Indian Civil Veterinary Department memoirs
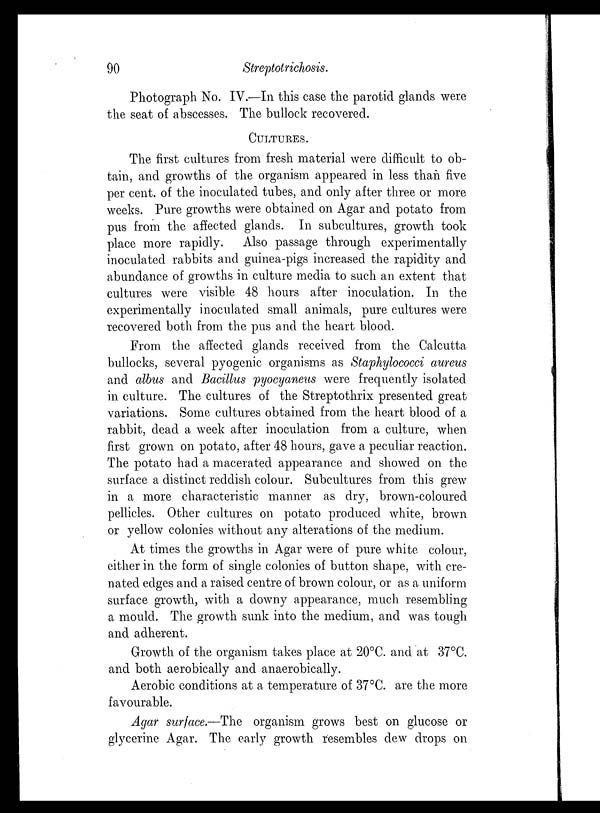
90
Streptotrichosis.
Photograph No. IV.—In this case the parotid glands were
the seat of abscesses. The bullock recovered.
CULTURES.
The first cultures from fresh material were difficult to ob-
tain, and growths of the organism appeared in less than five
per cent. of the inoculated tubes, and only after three or more
weeks. Pure growths were obtained on Agar and potato from
pus from the affected glands. In subcultures, growth took
place more rapidly. Also passage through experimentally
inoculated rabbits and guinea-pigs increased the rapidity and
abundance of growths in culture media to such an extent that
cultures were visible 48 hours after inoculation. In the
experimentally inoculated small animals, pure cultures were
recovered both from the pus and the heart blood.
From the affected glands received from the Calcutta
bullocks, several pyogenic organisms as Staphylococci aureus
and albus and Bacillus pyocyaneus were frequently isolated
in culture. The cultures of the Streptothrix presented great
variations. Some cultures obtained from the heart blood of a
rabbit, dead a week after inoculation from a culture, when
first grown on potato, after 48 hours, gave a peculiar reaction.
The potato had a macerated appearance and showed on the
surface a distinct reddish colour. Subcultures from this grew
in a more characteristic manner as dry, brown-coloured
pellicles. Other cultures on potato produced white, brown
or yellow colonies without any alterations of the medium.
At times the growths in Agar were of pure white colour,
either in the form of single colonies of button shape, with cre-
nated edges and a raised centre of brown colour, or as a uniform
surface growth, with a downy appearance, much resembling
a mould. The growth sunk into the medium, and was tough
and adherent.
Growth of the organism takes place at 20°C. and at 37°C.
and both aerobically and anaerobically.
Aerobic conditions at a temperature of 37°C. are the more
favourable.
Agar surface.—The organism grows best on glucose or
glycerine Agar. The early growth resembles dew drops on